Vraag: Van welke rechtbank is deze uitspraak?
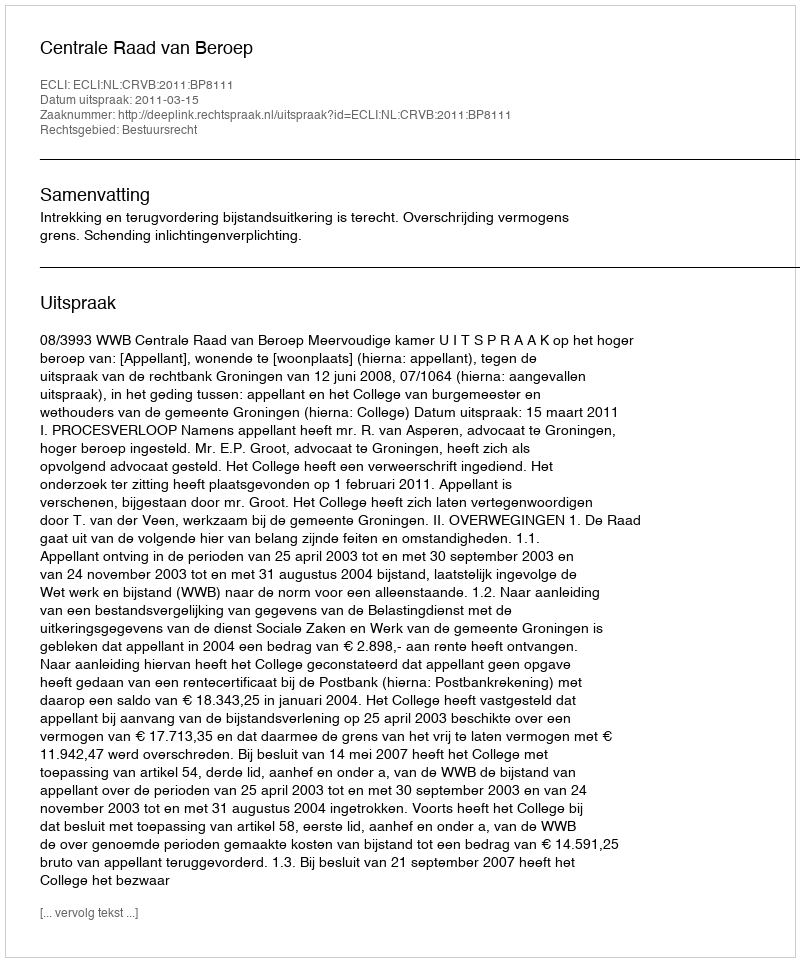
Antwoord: Centrale Raad van Beroep